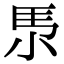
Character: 𡭳